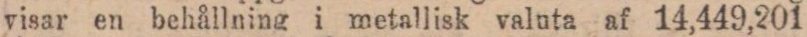
visar en behållning i metallisk valuta af 14,449,201